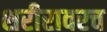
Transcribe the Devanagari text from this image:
शरीरावरच